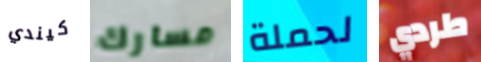
كيندي مسارك لحملة طردي